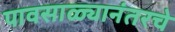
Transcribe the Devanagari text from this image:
पावसाळ्यानंतरचे